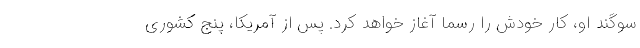
سوگند او، کار خودش را رسما آغاز خواهد کرد. پس از آمریکا، پنج کشوری